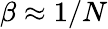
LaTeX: \beta\approx 1/N